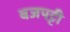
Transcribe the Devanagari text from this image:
बजपट्टी